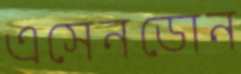
এসেনডোন